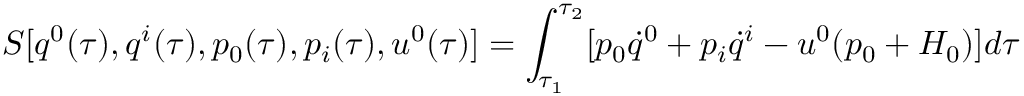
S [ q ^ { 0 } ( \tau ) , q ^ { i } ( \tau ) , p _ { 0 } ( \tau ) , p _ { i } ( \tau ) , u ^ { 0 } ( \tau ) ] = \int _ { \tau _ { 1 } } ^ { \tau _ { 2 } } [ p _ { 0 } \dot { q } ^ { 0 } + p _ { i } \dot { q } ^ { i } - u ^ { 0 } ( p _ { 0 } + H _ { 0 } ) ] d \tau